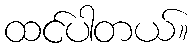
ထင်ပါတယ်။